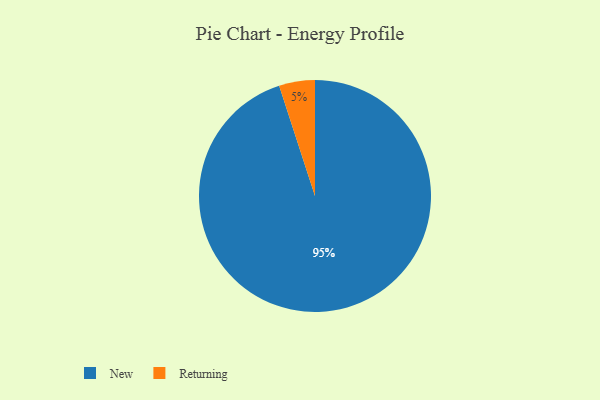
{"axis": {"x": "Category", "y": "Percentage"}, "legend": ["New", "Returning"], "data": [{"x": "New", "y": 95, "type": "New"}, {"x": "Returning", "y": 5, "type": "Returning"}]}